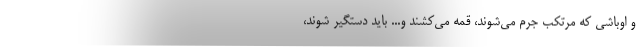
و اوباشی که مرتکب جرم می‌شوند، قمه می‌کشند و... باید دستگیر شوند،